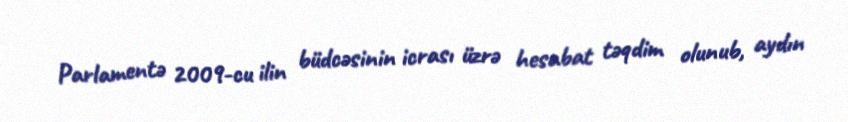
Parlamentə 2009-cu ilin büdcəsinin icrası üzrə hesabat təqdim olunub, aydın